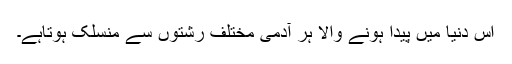
اس دنیا میں پیدا ہونے والا ہر آدمی مختلف رشتوں سے منسلک ہوتاہے۔